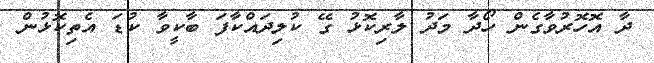
ދާ އޮހޮރުވާގެން ހޯދާ މަދު ލާރިކޮޅު ގޭ ކުލިދައްކާފަ ބާކީވާ ކުޑަ އެތިކޮޅުން